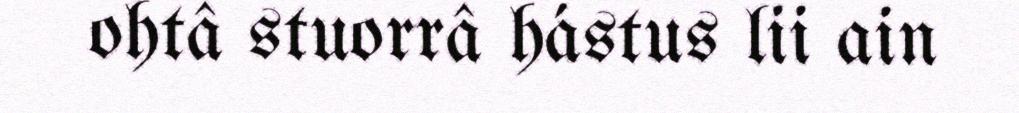
ohtâ stuorrâ hástus lii ain